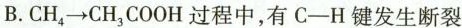
B.CH_{4}\rightarrow CH_{3}COOH过程中，有C-H键发生断裂